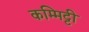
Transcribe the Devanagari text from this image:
कम्मिट्टी